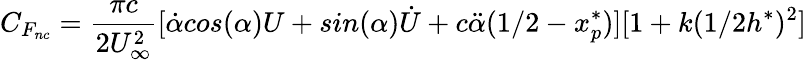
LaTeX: C_{F_{nc}}=\frac{\pi c}{2U_{\infty}^{2}}[\dot{\alpha}cos(\alpha)U+sin(\alpha)\dot{U}+c\ddot{\alpha}(1/2-x_{p}^{*})][1+k(1/2h^{*})^{2}]